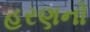
હરણનો